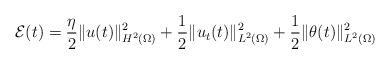
LaTeX: \begin{align*}\mathcal{E}(t) = \dfrac{\eta}{2}\|u(t)\|^2_{H^2(\Omega)}+\dfrac{1}{2}\|u_t(t)\|^2_{L^2(\Omega)}+\dfrac{1}{2}\|\theta(t)\|^2_{L^2(\Omega)}\end{align*}